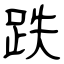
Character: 跌